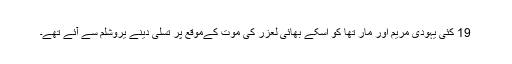
19 کئی یہودی مریم اور مار تھا کو اسکے بھائی لعزر کی موت کےموقع پر تسلی دینے یروشلم سے آئے تھے۔